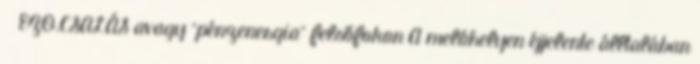
🙁 EZO.CSALÁS avagy “pénzenergia” felsőfokon A melóhelyen éjjelente álltalában